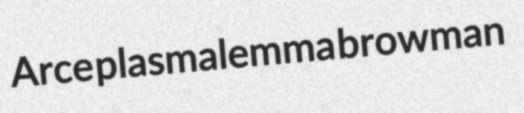
Arce plasmalemma browman